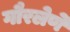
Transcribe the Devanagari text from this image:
गौरलेणे